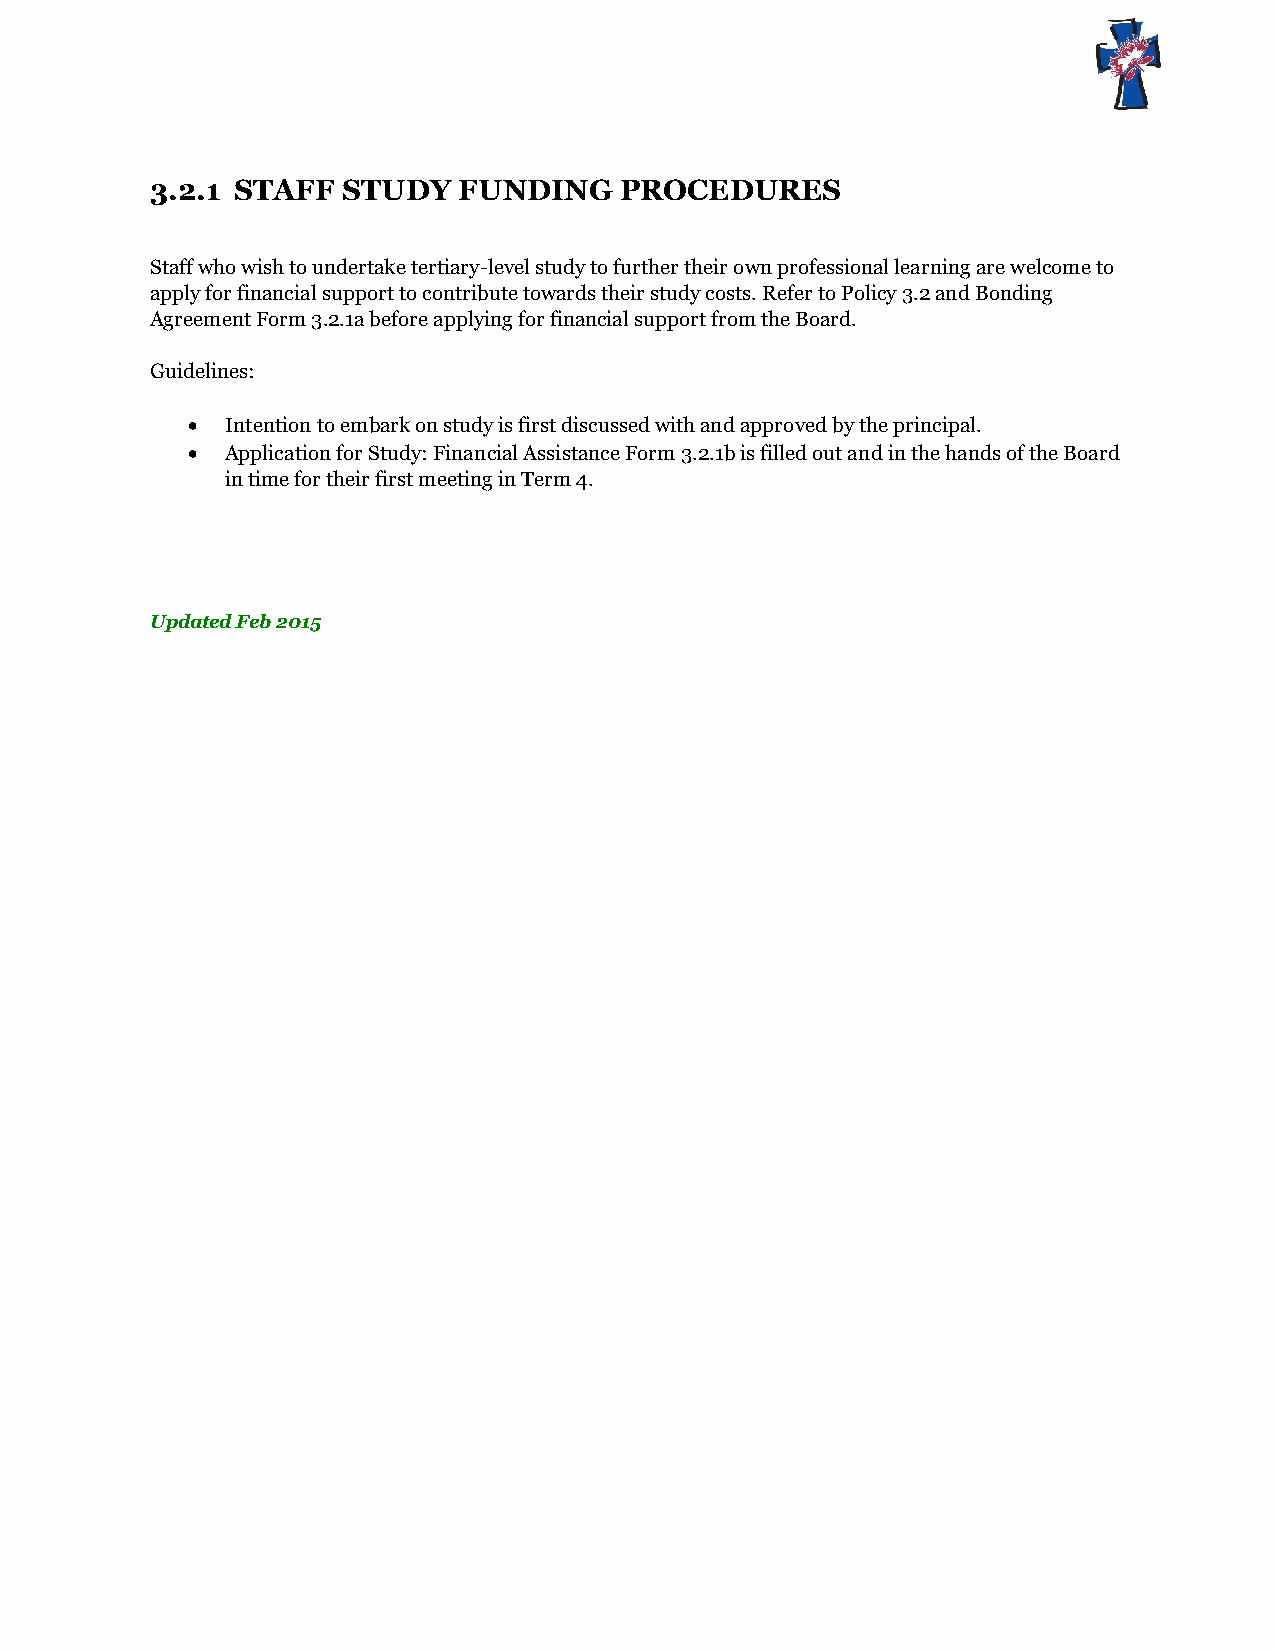
3.2.1 STAFF  STUDY  FUNDING    PROCEDURES
 Staff who wish to undertake tertiary-level study to further their own professional learning are welcome to
 apply for financial support to contribute towards their study costs. Refer to Policy 3.2 and Bonding
 Agreement Form 3.2.1a before applying for financial support from the Board.
 Guidelines:
   Intention to embark on study is first discussed with and approved by the principal.
   Application for Study: Financial Assistance Form 3.2.1b is filled out and in the hands of the Board
 in time for their first meeting in Term 4.
 Updated Feb 2015